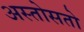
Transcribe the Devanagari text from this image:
अस्तोसतो